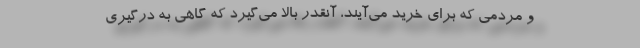
و مردمی که برای خرید می‌آیند، آنقدر بالا می‌گیرد که گاهی به درگیری